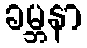
ခမ္ဘနာ